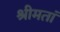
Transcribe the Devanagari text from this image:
श्रीमतां